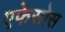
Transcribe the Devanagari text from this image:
एफेसोस